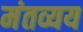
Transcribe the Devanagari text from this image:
मंतव्यय